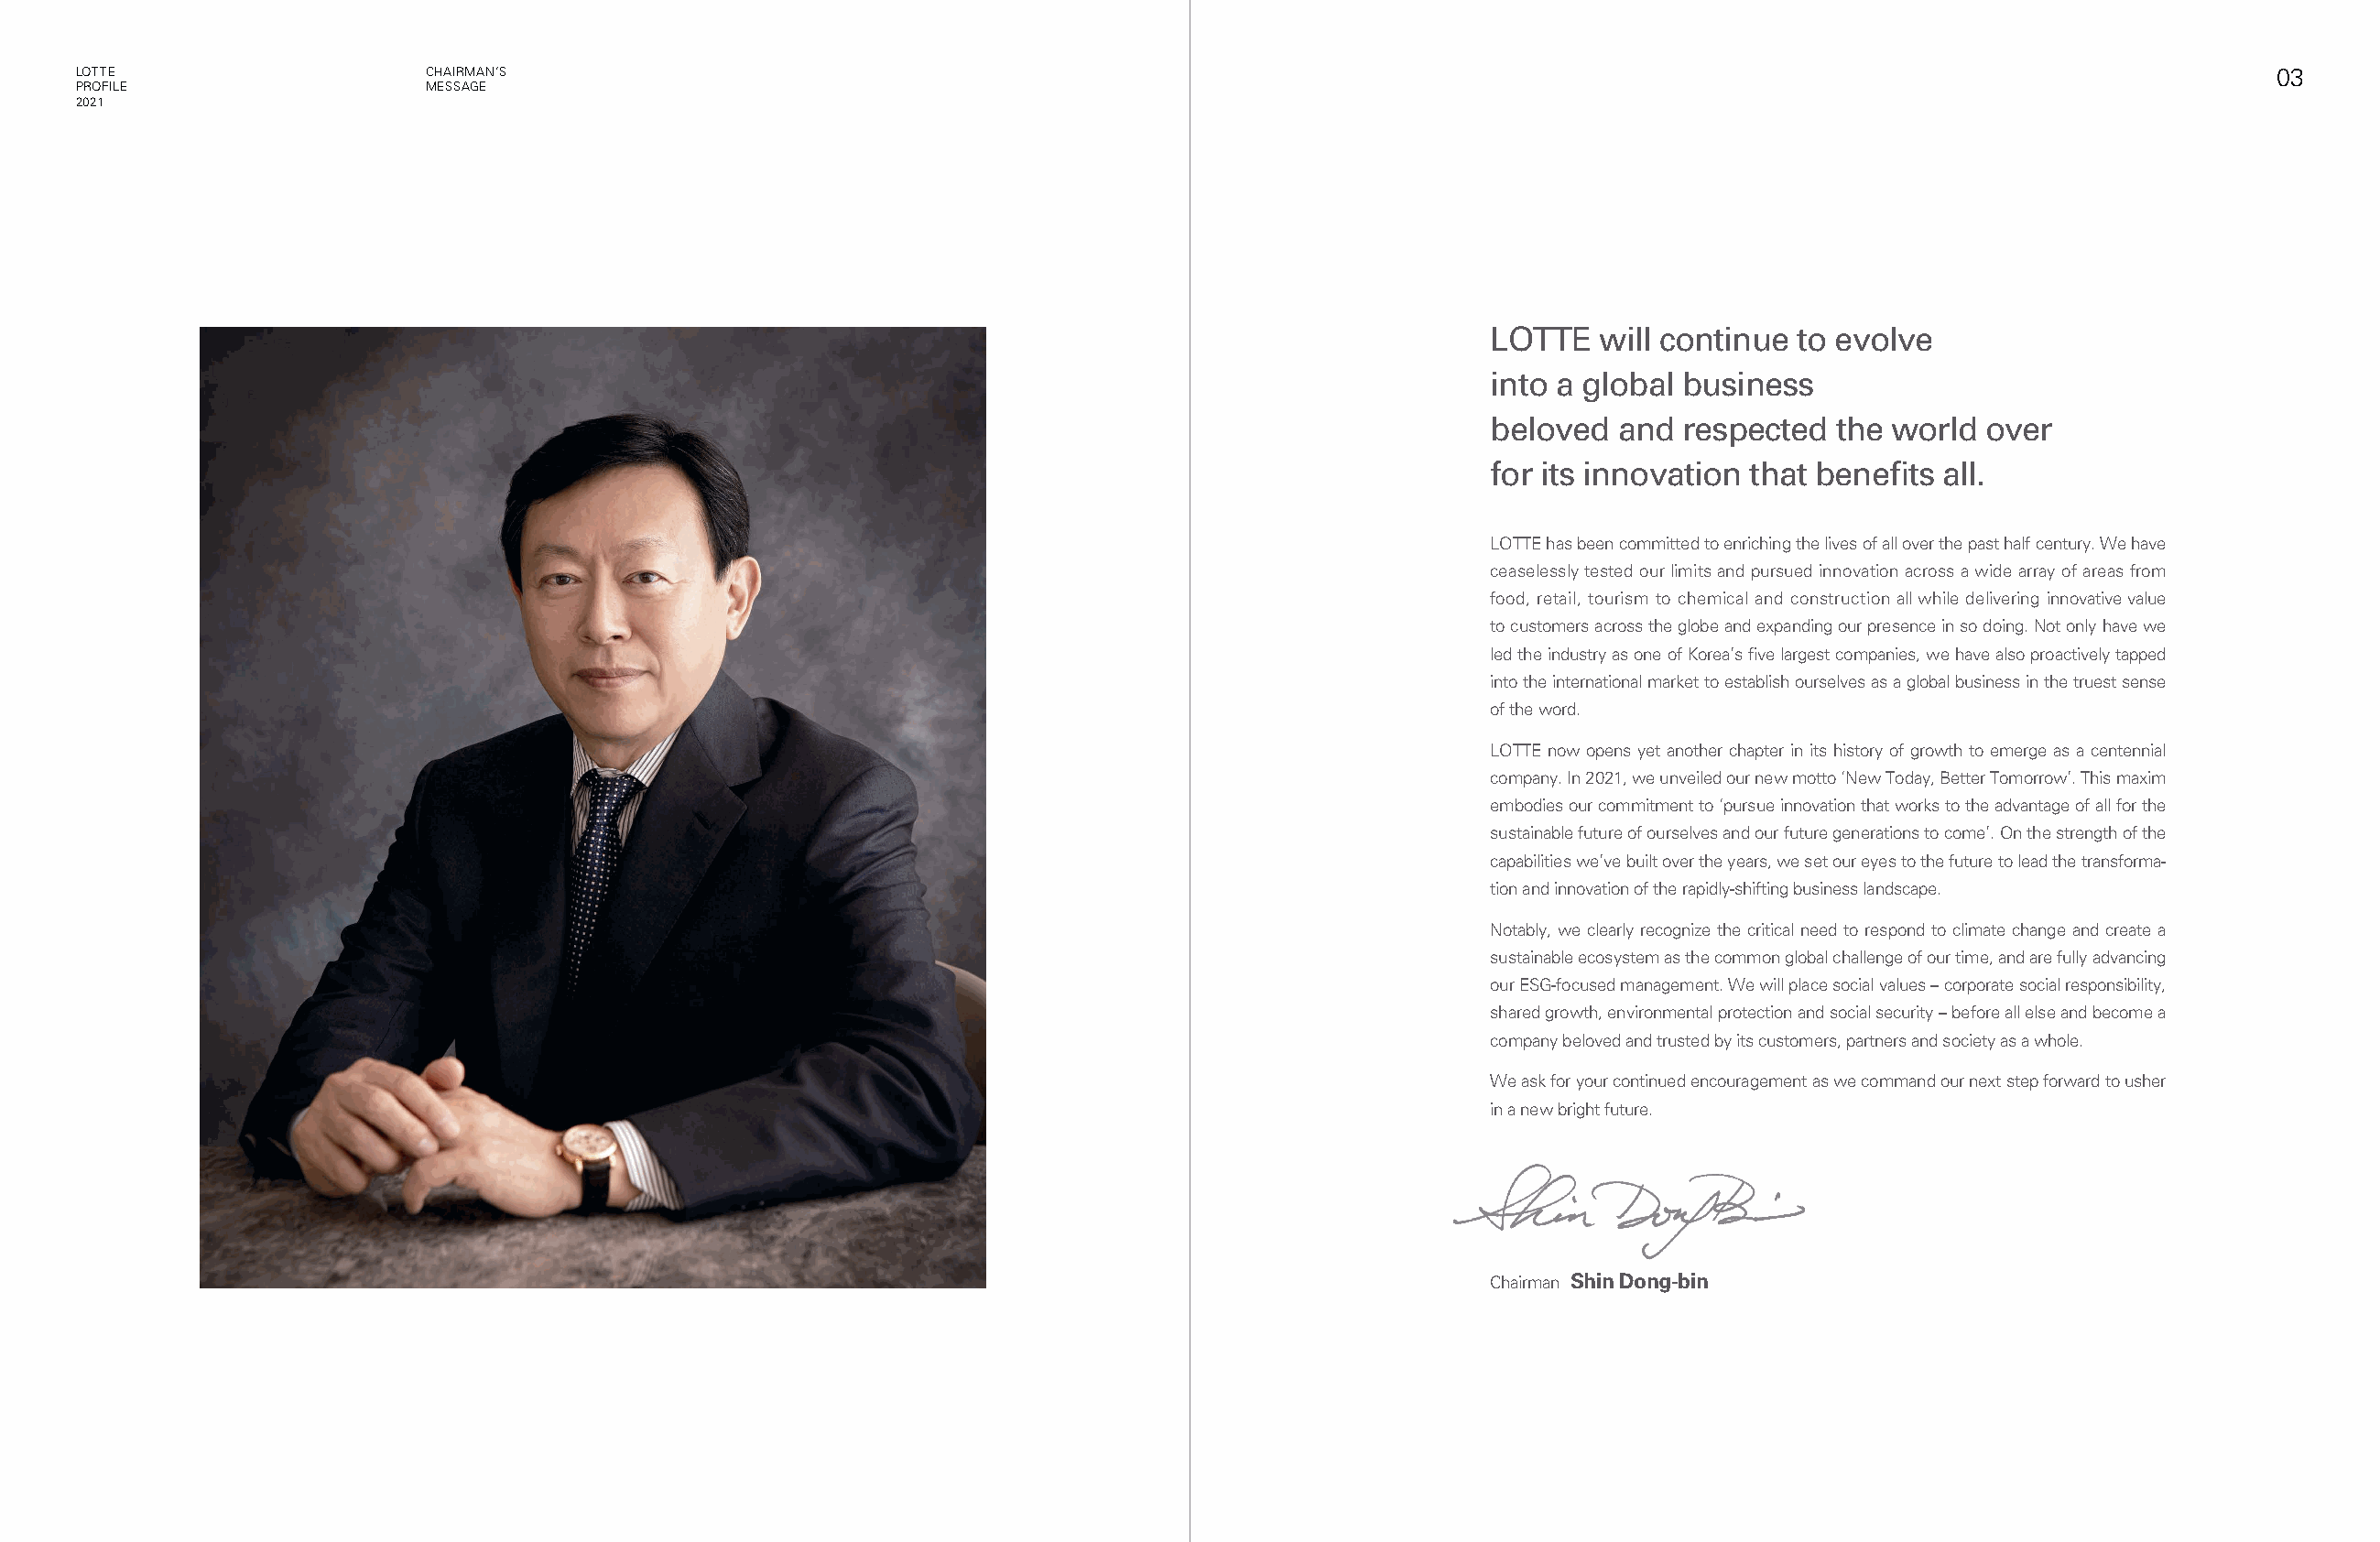
LOTTE                     CHAIRMAN’S                                                                                                                            03
 PROFILE                   MESSAGE
 2021
 LOTTE   will continue to evolve
 into a global business
 beloved  and  respected  the world over
 for its innovation that benefits all.
 LOTTE has been committed to enriching the lives of all over the past half century. We have
 ceaselessly tested our limits and pursued innovation across a wide array of areas from
 food, retail, tourism to chemical and construction all while delivering innovative value
 to customers across the globe and expanding our presence in so doing. Not only have we
 led the industry as one of Korea’s five largest companies, we have also proactively tapped
 into the international market to establish ourselves as a global business in the truest sense
 of the word.
 LOTTE now opens yet another chapter in its history of growth to emerge as a centennial
 company. In 2021, we unveiled our new motto ‘New Today, Better Tomorrow’. This maxim
 embodies our commitment to ‘pursue innovation that works to the advantage of all for the
 sustainable future of ourselves and our future generations to come’. On the strength of the
 capabilities we’ve built over the years, we set our eyes to the future to lead the transforma-
 tion and innovation of the rapidly-shifting business landscape.
 Notably, we clearly recognize the critical need to respond to climate change and create a
 sustainable ecosystem as the common global challenge of our time, and are fully advancing
 our ESG-focused management. We will place social values – corporate social responsibility,
 shared growth, environmental protection and social security – before all else and become a
 company beloved and trusted by its customers, partners and society as a whole.
 We ask for your continued encouragement as we command our next step forward to usher
 in a new bright future.
 Chairman Shin Dong-bin